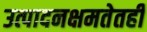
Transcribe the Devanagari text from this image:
उत्पादनक्षमतेतही